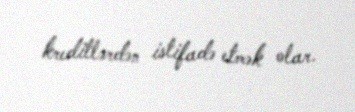
kreditlərdən istifadə etmək olar.